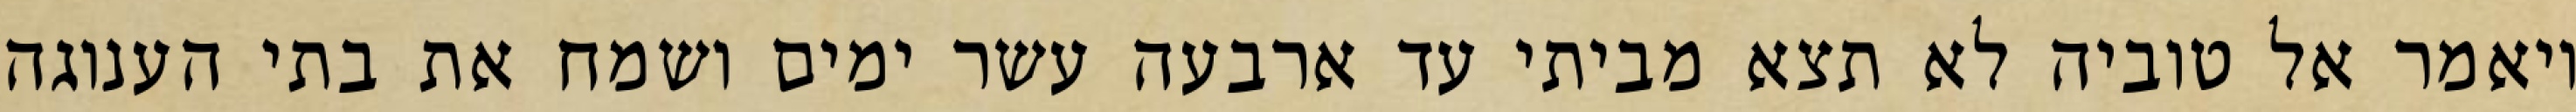
ויאמר אל טוביה לא תצא מביתי עד ארבעה עשר ימים ושמח את בתי הענוגה